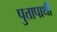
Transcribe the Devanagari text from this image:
पुत्तापार्थी